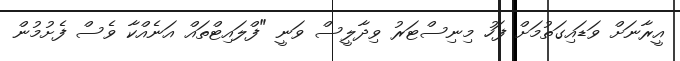
އީރާނަށް ވަޑައިގަތުމަށް ފަހު މިނިސްޓަރު ވިދާލީސް ވަނީ "ފްލައިޓްތައް އަނެއްކާ ވެސް ފެށުމުން